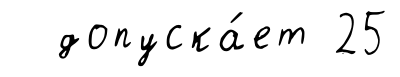
допуска́ет 25